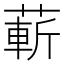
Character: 蔪